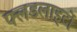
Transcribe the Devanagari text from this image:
फ्लडलाइटों